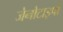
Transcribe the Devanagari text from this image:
जेनोटाइपों